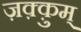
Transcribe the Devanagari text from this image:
ज़क़्क़ुम्